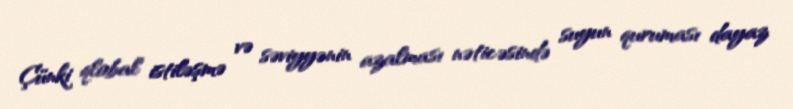
Çünki qlobal istiləşmə və səviyyənin azalması nəticəsində suyun quruması dayaz